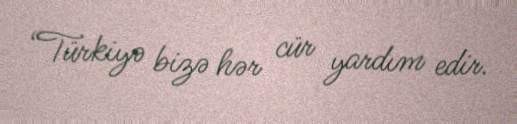
“Türkiyə bizə hər cür yardım edir.